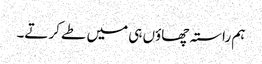
ہم راستہ چھاؤں ہی میں طے کرتے۔